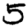
Digit: 5